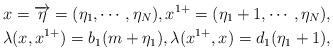
LaTeX: \begin{align*}&x=\overrightarrow{\eta}=(\eta_1,\cdots,\eta_N),x^{1+}=(\eta_1+1,\cdots,\eta_N),\\&\lambda(x,x^{1+})=b_1(m+\eta_1),\lambda(x^{1+},x)=d_1(\eta_1+1),\end{align*}